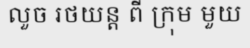
លួច រថយន្ត ពី ក្រុម មួយ